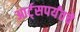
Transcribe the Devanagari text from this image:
आर्ट्‌सपर्यंतचे